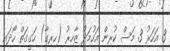
3 އަހަރު 3 މަސް ކުރިން އަހުމަދު ޒާހިރު (ހިރިގާ) ހަގީގަތް ހޯދައި